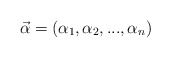
\begin{align*}\vec{\alpha} = {(\alpha_1,\alpha_2,...,\alpha_n)}\end{align*}